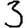
Digit: 3